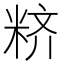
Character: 𱹁